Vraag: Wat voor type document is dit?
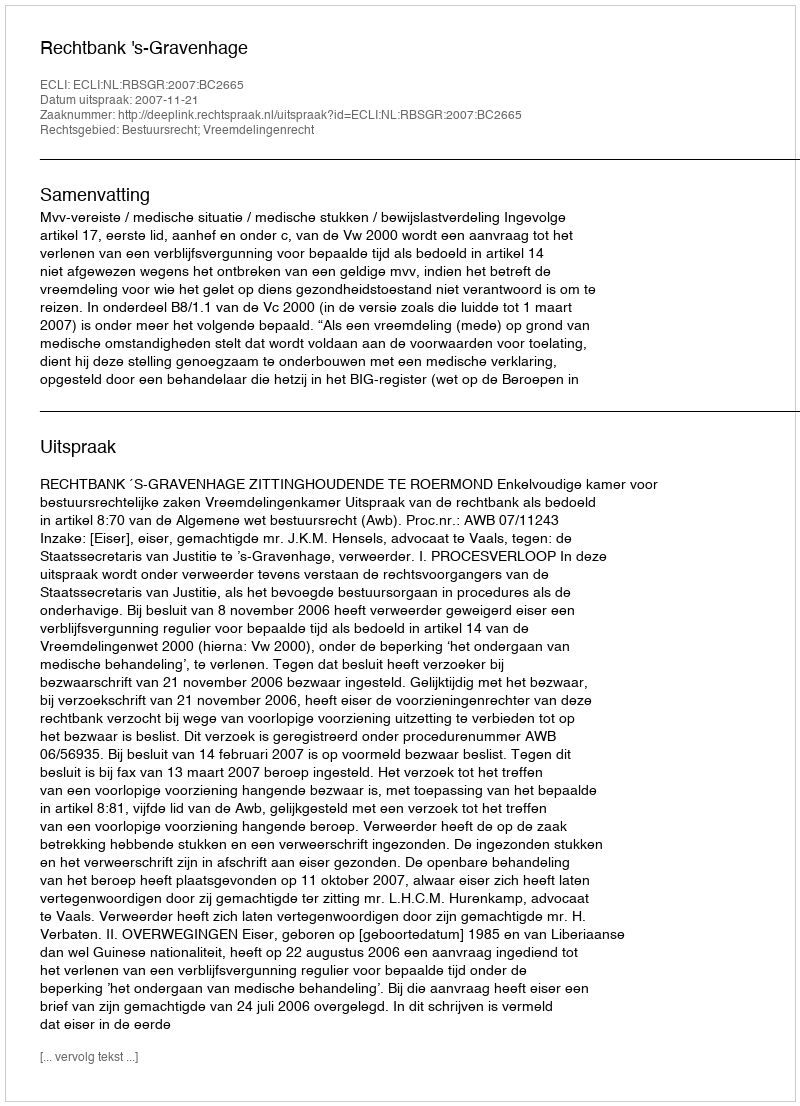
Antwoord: Uitspraak